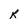
Character: R